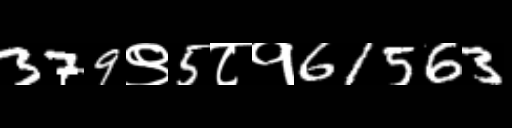
Text: 379९5८१61563